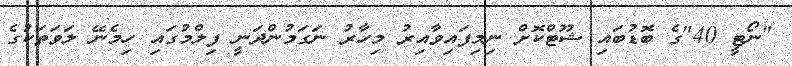
"ނޯޓީ 40"ގެ ބޮޑުބައި ޝޫޓްކޮށް ނިމިފައިވާއިރު މިހާރު ނަގަމުންދަނީ ފިލްމުގައި ހިމެނޭ ލަވަތަކުގެ